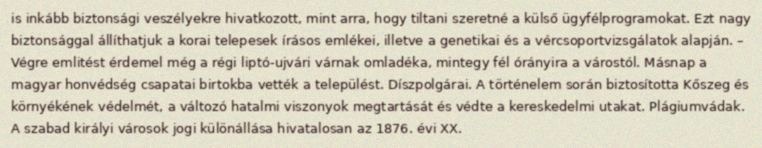
is inkább biztonsági veszélyekre hivatkozott, mint arra, hogy tiltani szeretné a külső ügyfélprogramokat. Ezt nagy biztonsággal állíthatjuk a korai telepesek írásos emlékei, illetve a genetikai és a vércsoportvizsgálatok alapján. – Végre emlitést érdemel még a régi liptó-ujvári várnak omladéka, mintegy fél órányira a várostól. Másnap a magyar honvédség csapatai birtokba vették a települést. Díszpolgárai. A történelem során biztosította Kőszeg és környékének védelmét, a változó hatalmi viszonyok megtartását és védte a kereskedelmi utakat. Plágiumvádak. A szabad királyi városok jogi különállása hivatalosan az 1876. évi XX.